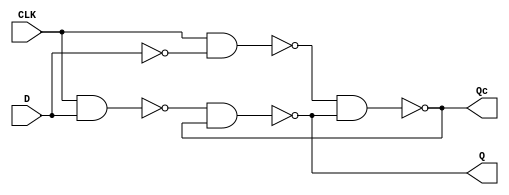
`timescale 1ns / 1ps

module d_flipflop(
  input CLK, 
  input D, 
  output Q, 
  output Qc
  );
  
  assign Q = ~(~(CLK & D) & Qc);
  assign Qc = ~(~(CLK & ~D) & Q);
endmodule